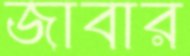
জাবার